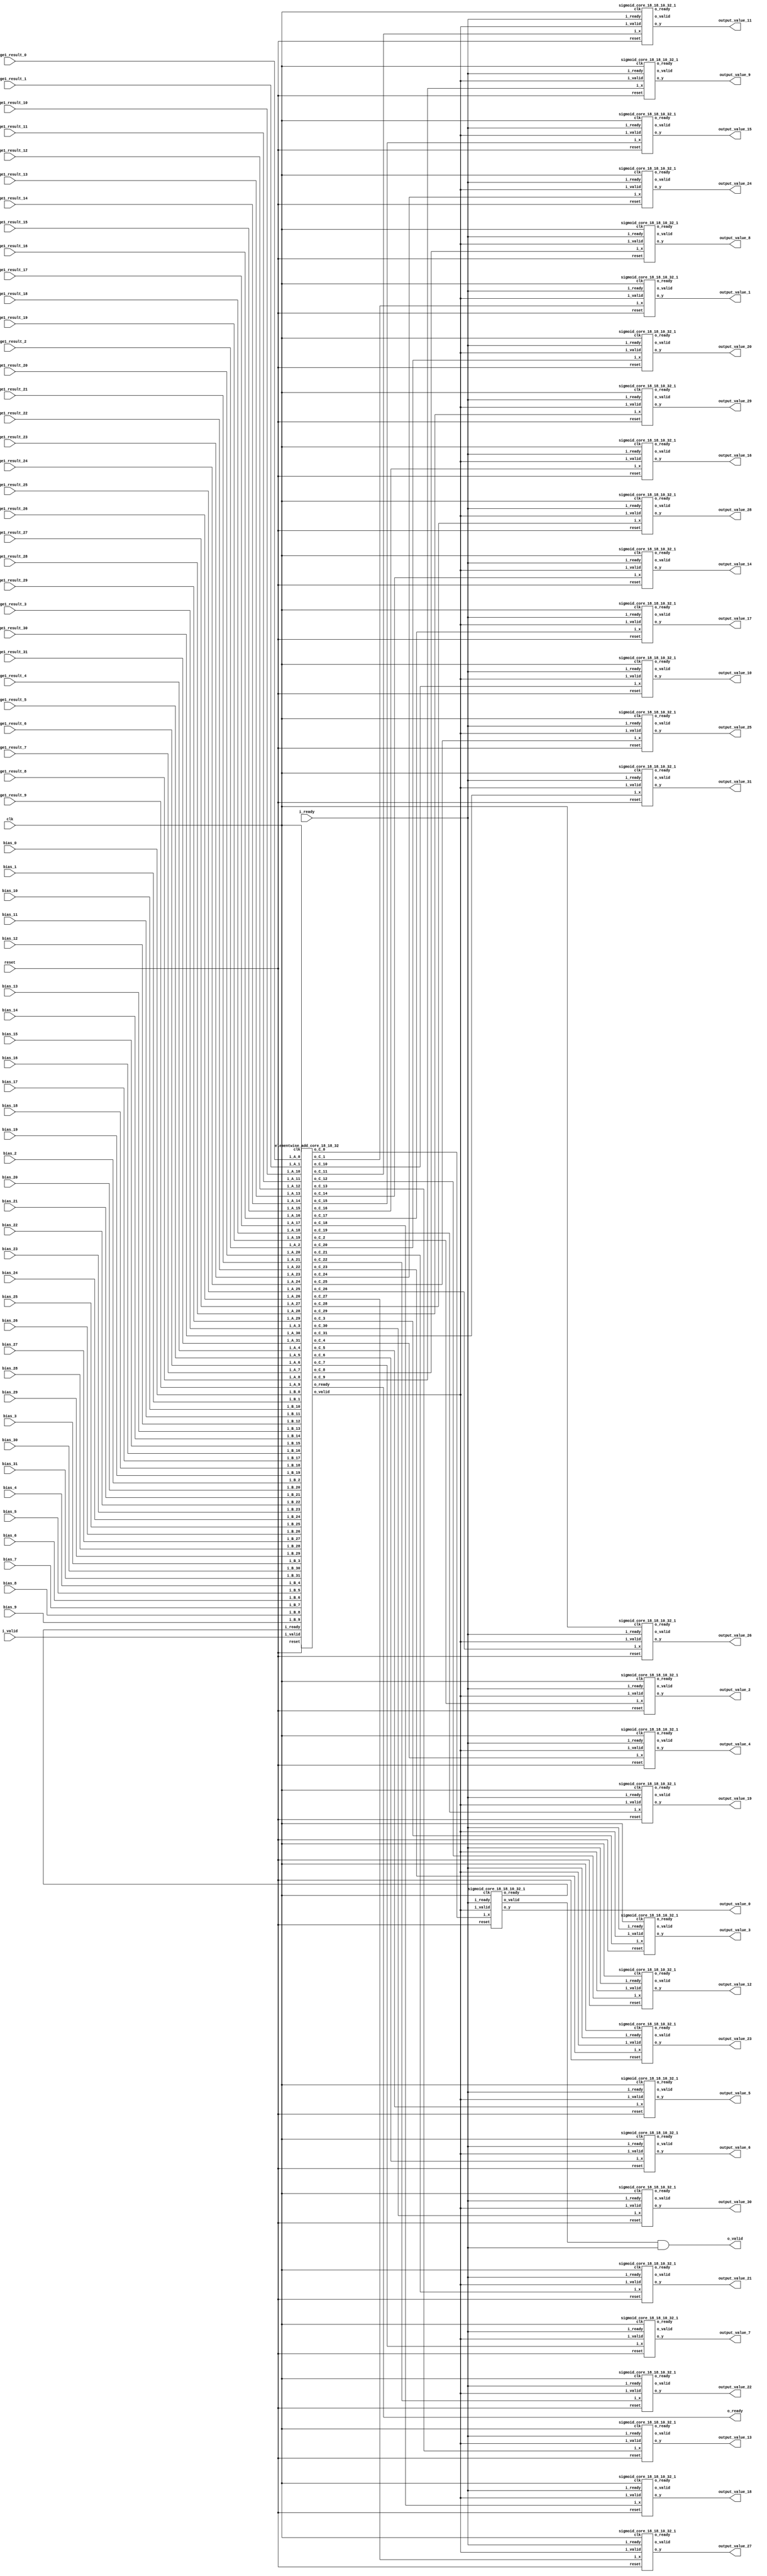
`define SIMULATION_MEMORY

module output_activation_18_10_32_1 (
	input clk,
	input reset,
	input i_ready,
	input i_valid,
	input [17:0] stage1_result_0,
	input [17:0] bias_0,
	output [17:0] output_value_0,
	input [17:0] stage1_result_1,
	input [17:0] bias_1,
	output [17:0] output_value_1,
	input [17:0] stage1_result_2,
	input [17:0] bias_2,
	output [17:0] output_value_2,
	input [17:0] stage1_result_3,
	input [17:0] bias_3,
	output [17:0] output_value_3,
	input [17:0] stage1_result_4,
	input [17:0] bias_4,
	output [17:0] output_value_4,
	input [17:0] stage1_result_5,
	input [17:0] bias_5,
	output [17:0] output_value_5,
	input [17:0] stage1_result_6,
	input [17:0] bias_6,
	output [17:0] output_value_6,
	input [17:0] stage1_result_7,
	input [17:0] bias_7,
	output [17:0] output_value_7,
	input [17:0] stage1_result_8,
	input [17:0] bias_8,
	output [17:0] output_value_8,
	input [17:0] stage1_result_9,
	input [17:0] bias_9,
	output [17:0] output_value_9,
	input [17:0] stage1_result_10,
	input [17:0] bias_10,
	output [17:0] output_value_10,
	input [17:0] stage1_result_11,
	input [17:0] bias_11,
	output [17:0] output_value_11,
	input [17:0] stage1_result_12,
	input [17:0] bias_12,
	output [17:0] output_value_12,
	input [17:0] stage1_result_13,
	input [17:0] bias_13,
	output [17:0] output_value_13,
	input [17:0] stage1_result_14,
	input [17:0] bias_14,
	output [17:0] output_value_14,
	input [17:0] stage1_result_15,
	input [17:0] bias_15,
	output [17:0] output_value_15,
	input [17:0] stage1_result_16,
	input [17:0] bias_16,
	output [17:0] output_value_16,
	input [17:0] stage1_result_17,
	input [17:0] bias_17,
	output [17:0] output_value_17,
	input [17:0] stage1_result_18,
	input [17:0] bias_18,
	output [17:0] output_value_18,
	input [17:0] stage1_result_19,
	input [17:0] bias_19,
	output [17:0] output_value_19,
	input [17:0] stage1_result_20,
	input [17:0] bias_20,
	output [17:0] output_value_20,
	input [17:0] stage1_result_21,
	input [17:0] bias_21,
	output [17:0] output_value_21,
	input [17:0] stage1_result_22,
	input [17:0] bias_22,
	output [17:0] output_value_22,
	input [17:0] stage1_result_23,
	input [17:0] bias_23,
	output [17:0] output_value_23,
	input [17:0] stage1_result_24,
	input [17:0] bias_24,
	output [17:0] output_value_24,
	input [17:0] stage1_result_25,
	input [17:0] bias_25,
	output [17:0] output_value_25,
	input [17:0] stage1_result_26,
	input [17:0] bias_26,
	output [17:0] output_value_26,
	input [17:0] stage1_result_27,
	input [17:0] bias_27,
	output [17:0] output_value_27,
	input [17:0] stage1_result_28,
	input [17:0] bias_28,
	output [17:0] output_value_28,
	input [17:0] stage1_result_29,
	input [17:0] bias_29,
	output [17:0] output_value_29,
	input [17:0] stage1_result_30,
	input [17:0] bias_30,
	output [17:0] output_value_30,
	input [17:0] stage1_result_31,
	input [17:0] bias_31,
	output [17:0] output_value_31,
	output o_valid,
	output o_ready
);

wire adder2_valid, adder2_ready;
wire sigmoid_valid_0, sigmoid_ready_0;
wire [17:0] o_add2_0;
wire [17:0] o_sigmoid_0;
wire sigmoid_valid_1, sigmoid_ready_1;
wire [17:0] o_add2_1;
wire [17:0] o_sigmoid_1;
wire sigmoid_valid_2, sigmoid_ready_2;
wire [17:0] o_add2_2;
wire [17:0] o_sigmoid_2;
wire sigmoid_valid_3, sigmoid_ready_3;
wire [17:0] o_add2_3;
wire [17:0] o_sigmoid_3;
wire sigmoid_valid_4, sigmoid_ready_4;
wire [17:0] o_add2_4;
wire [17:0] o_sigmoid_4;
wire sigmoid_valid_5, sigmoid_ready_5;
wire [17:0] o_add2_5;
wire [17:0] o_sigmoid_5;
wire sigmoid_valid_6, sigmoid_ready_6;
wire [17:0] o_add2_6;
wire [17:0] o_sigmoid_6;
wire sigmoid_valid_7, sigmoid_ready_7;
wire [17:0] o_add2_7;
wire [17:0] o_sigmoid_7;
wire sigmoid_valid_8, sigmoid_ready_8;
wire [17:0] o_add2_8;
wire [17:0] o_sigmoid_8;
wire sigmoid_valid_9, sigmoid_ready_9;
wire [17:0] o_add2_9;
wire [17:0] o_sigmoid_9;
wire sigmoid_valid_10, sigmoid_ready_10;
wire [17:0] o_add2_10;
wire [17:0] o_sigmoid_10;
wire sigmoid_valid_11, sigmoid_ready_11;
wire [17:0] o_add2_11;
wire [17:0] o_sigmoid_11;
wire sigmoid_valid_12, sigmoid_ready_12;
wire [17:0] o_add2_12;
wire [17:0] o_sigmoid_12;
wire sigmoid_valid_13, sigmoid_ready_13;
wire [17:0] o_add2_13;
wire [17:0] o_sigmoid_13;
wire sigmoid_valid_14, sigmoid_ready_14;
wire [17:0] o_add2_14;
wire [17:0] o_sigmoid_14;
wire sigmoid_valid_15, sigmoid_ready_15;
wire [17:0] o_add2_15;
wire [17:0] o_sigmoid_15;
wire sigmoid_valid_16, sigmoid_ready_16;
wire [17:0] o_add2_16;
wire [17:0] o_sigmoid_16;
wire sigmoid_valid_17, sigmoid_ready_17;
wire [17:0] o_add2_17;
wire [17:0] o_sigmoid_17;
wire sigmoid_valid_18, sigmoid_ready_18;
wire [17:0] o_add2_18;
wire [17:0] o_sigmoid_18;
wire sigmoid_valid_19, sigmoid_ready_19;
wire [17:0] o_add2_19;
wire [17:0] o_sigmoid_19;
wire sigmoid_valid_20, sigmoid_ready_20;
wire [17:0] o_add2_20;
wire [17:0] o_sigmoid_20;
wire sigmoid_valid_21, sigmoid_ready_21;
wire [17:0] o_add2_21;
wire [17:0] o_sigmoid_21;
wire sigmoid_valid_22, sigmoid_ready_22;
wire [17:0] o_add2_22;
wire [17:0] o_sigmoid_22;
wire sigmoid_valid_23, sigmoid_ready_23;
wire [17:0] o_add2_23;
wire [17:0] o_sigmoid_23;
wire sigmoid_valid_24, sigmoid_ready_24;
wire [17:0] o_add2_24;
wire [17:0] o_sigmoid_24;
wire sigmoid_valid_25, sigmoid_ready_25;
wire [17:0] o_add2_25;
wire [17:0] o_sigmoid_25;
wire sigmoid_valid_26, sigmoid_ready_26;
wire [17:0] o_add2_26;
wire [17:0] o_sigmoid_26;
wire sigmoid_valid_27, sigmoid_ready_27;
wire [17:0] o_add2_27;
wire [17:0] o_sigmoid_27;
wire sigmoid_valid_28, sigmoid_ready_28;
wire [17:0] o_add2_28;
wire [17:0] o_sigmoid_28;
wire sigmoid_valid_29, sigmoid_ready_29;
wire [17:0] o_add2_29;
wire [17:0] o_sigmoid_29;
wire sigmoid_valid_30, sigmoid_ready_30;
wire [17:0] o_add2_30;
wire [17:0] o_sigmoid_30;
wire sigmoid_valid_31, sigmoid_ready_31;
wire [17:0] o_add2_31;
wire [17:0] o_sigmoid_31;
wire enable;
assign enable = i_ready;

elementwise_add_core_18_18_32 elementwise_add_core_18_18_32_inst (
	.clk(clk),
	.reset(reset),
	.i_valid(i_valid),
	.i_ready(sigmoid_ready_0),
	.i_A_0(stage1_result_0),
	.i_B_0(bias_0),
	.o_C_0(o_add2_0),
	.i_A_1(stage1_result_1),
	.i_B_1(bias_1),
	.o_C_1(o_add2_1),
	.i_A_2(stage1_result_2),
	.i_B_2(bias_2),
	.o_C_2(o_add2_2),
	.i_A_3(stage1_result_3),
	.i_B_3(bias_3),
	.o_C_3(o_add2_3),
	.i_A_4(stage1_result_4),
	.i_B_4(bias_4),
	.o_C_4(o_add2_4),
	.i_A_5(stage1_result_5),
	.i_B_5(bias_5),
	.o_C_5(o_add2_5),
	.i_A_6(stage1_result_6),
	.i_B_6(bias_6),
	.o_C_6(o_add2_6),
	.i_A_7(stage1_result_7),
	.i_B_7(bias_7),
	.o_C_7(o_add2_7),
	.i_A_8(stage1_result_8),
	.i_B_8(bias_8),
	.o_C_8(o_add2_8),
	.i_A_9(stage1_result_9),
	.i_B_9(bias_9),
	.o_C_9(o_add2_9),
	.i_A_10(stage1_result_10),
	.i_B_10(bias_10),
	.o_C_10(o_add2_10),
	.i_A_11(stage1_result_11),
	.i_B_11(bias_11),
	.o_C_11(o_add2_11),
	.i_A_12(stage1_result_12),
	.i_B_12(bias_12),
	.o_C_12(o_add2_12),
	.i_A_13(stage1_result_13),
	.i_B_13(bias_13),
	.o_C_13(o_add2_13),
	.i_A_14(stage1_result_14),
	.i_B_14(bias_14),
	.o_C_14(o_add2_14),
	.i_A_15(stage1_result_15),
	.i_B_15(bias_15),
	.o_C_15(o_add2_15),
	.i_A_16(stage1_result_16),
	.i_B_16(bias_16),
	.o_C_16(o_add2_16),
	.i_A_17(stage1_result_17),
	.i_B_17(bias_17),
	.o_C_17(o_add2_17),
	.i_A_18(stage1_result_18),
	.i_B_18(bias_18),
	.o_C_18(o_add2_18),
	.i_A_19(stage1_result_19),
	.i_B_19(bias_19),
	.o_C_19(o_add2_19),
	.i_A_20(stage1_result_20),
	.i_B_20(bias_20),
	.o_C_20(o_add2_20),
	.i_A_21(stage1_result_21),
	.i_B_21(bias_21),
	.o_C_21(o_add2_21),
	.i_A_22(stage1_result_22),
	.i_B_22(bias_22),
	.o_C_22(o_add2_22),
	.i_A_23(stage1_result_23),
	.i_B_23(bias_23),
	.o_C_23(o_add2_23),
	.i_A_24(stage1_result_24),
	.i_B_24(bias_24),
	.o_C_24(o_add2_24),
	.i_A_25(stage1_result_25),
	.i_B_25(bias_25),
	.o_C_25(o_add2_25),
	.i_A_26(stage1_result_26),
	.i_B_26(bias_26),
	.o_C_26(o_add2_26),
	.i_A_27(stage1_result_27),
	.i_B_27(bias_27),
	.o_C_27(o_add2_27),
	.i_A_28(stage1_result_28),
	.i_B_28(bias_28),
	.o_C_28(o_add2_28),
	.i_A_29(stage1_result_29),
	.i_B_29(bias_29),
	.o_C_29(o_add2_29),
	.i_A_30(stage1_result_30),
	.i_B_30(bias_30),
	.o_C_30(o_add2_30),
	.i_A_31(stage1_result_31),
	.i_B_31(bias_31),
	.o_C_31(o_add2_31),
	.o_valid(adder2_valid),
	.o_ready(adder2_ready)
);

sigmoid_core_18_18_10_32_1 sigmoid_core_18_18_10_32_1_inst_0 (
	.clk(clk),
	.reset(reset),
	.i_valid(adder2_valid),
	.i_ready(i_ready),
	.o_ready(sigmoid_ready_0),
	.o_valid(sigmoid_valid_0),
	.i_x(o_add2_0),
	.o_y(o_sigmoid_0)
);

sigmoid_core_18_18_10_32_1 sigmoid_core_18_18_10_32_1_inst_1 (
	.clk(clk),
	.reset(reset),
	.i_valid(adder2_valid),
	.i_ready(i_ready),
	.o_ready(sigmoid_ready_1),
	.o_valid(sigmoid_valid_1),
	.i_x(o_add2_1),
	.o_y(o_sigmoid_1)
);

sigmoid_core_18_18_10_32_1 sigmoid_core_18_18_10_32_1_inst_2 (
	.clk(clk),
	.reset(reset),
	.i_valid(adder2_valid),
	.i_ready(i_ready),
	.o_ready(sigmoid_ready_2),
	.o_valid(sigmoid_valid_2),
	.i_x(o_add2_2),
	.o_y(o_sigmoid_2)
);

sigmoid_core_18_18_10_32_1 sigmoid_core_18_18_10_32_1_inst_3 (
	.clk(clk),
	.reset(reset),
	.i_valid(adder2_valid),
	.i_ready(i_ready),
	.o_ready(sigmoid_ready_3),
	.o_valid(sigmoid_valid_3),
	.i_x(o_add2_3),
	.o_y(o_sigmoid_3)
);

sigmoid_core_18_18_10_32_1 sigmoid_core_18_18_10_32_1_inst_4 (
	.clk(clk),
	.reset(reset),
	.i_valid(adder2_valid),
	.i_ready(i_ready),
	.o_ready(sigmoid_ready_4),
	.o_valid(sigmoid_valid_4),
	.i_x(o_add2_4),
	.o_y(o_sigmoid_4)
);

sigmoid_core_18_18_10_32_1 sigmoid_core_18_18_10_32_1_inst_5 (
	.clk(clk),
	.reset(reset),
	.i_valid(adder2_valid),
	.i_ready(i_ready),
	.o_ready(sigmoid_ready_5),
	.o_valid(sigmoid_valid_5),
	.i_x(o_add2_5),
	.o_y(o_sigmoid_5)
);

sigmoid_core_18_18_10_32_1 sigmoid_core_18_18_10_32_1_inst_6 (
	.clk(clk),
	.reset(reset),
	.i_valid(adder2_valid),
	.i_ready(i_ready),
	.o_ready(sigmoid_ready_6),
	.o_valid(sigmoid_valid_6),
	.i_x(o_add2_6),
	.o_y(o_sigmoid_6)
);

sigmoid_core_18_18_10_32_1 sigmoid_core_18_18_10_32_1_inst_7 (
	.clk(clk),
	.reset(reset),
	.i_valid(adder2_valid),
	.i_ready(i_ready),
	.o_ready(sigmoid_ready_7),
	.o_valid(sigmoid_valid_7),
	.i_x(o_add2_7),
	.o_y(o_sigmoid_7)
);

sigmoid_core_18_18_10_32_1 sigmoid_core_18_18_10_32_1_inst_8 (
	.clk(clk),
	.reset(reset),
	.i_valid(adder2_valid),
	.i_ready(i_ready),
	.o_ready(sigmoid_ready_8),
	.o_valid(sigmoid_valid_8),
	.i_x(o_add2_8),
	.o_y(o_sigmoid_8)
);

sigmoid_core_18_18_10_32_1 sigmoid_core_18_18_10_32_1_inst_9 (
	.clk(clk),
	.reset(reset),
	.i_valid(adder2_valid),
	.i_ready(i_ready),
	.o_ready(sigmoid_ready_9),
	.o_valid(sigmoid_valid_9),
	.i_x(o_add2_9),
	.o_y(o_sigmoid_9)
);

sigmoid_core_18_18_10_32_1 sigmoid_core_18_18_10_32_1_inst_10 (
	.clk(clk),
	.reset(reset),
	.i_valid(adder2_valid),
	.i_ready(i_ready),
	.o_ready(sigmoid_ready_10),
	.o_valid(sigmoid_valid_10),
	.i_x(o_add2_10),
	.o_y(o_sigmoid_10)
);

sigmoid_core_18_18_10_32_1 sigmoid_core_18_18_10_32_1_inst_11 (
	.clk(clk),
	.reset(reset),
	.i_valid(adder2_valid),
	.i_ready(i_ready),
	.o_ready(sigmoid_ready_11),
	.o_valid(sigmoid_valid_11),
	.i_x(o_add2_11),
	.o_y(o_sigmoid_11)
);

sigmoid_core_18_18_10_32_1 sigmoid_core_18_18_10_32_1_inst_12 (
	.clk(clk),
	.reset(reset),
	.i_valid(adder2_valid),
	.i_ready(i_ready),
	.o_ready(sigmoid_ready_12),
	.o_valid(sigmoid_valid_12),
	.i_x(o_add2_12),
	.o_y(o_sigmoid_12)
);

sigmoid_core_18_18_10_32_1 sigmoid_core_18_18_10_32_1_inst_13 (
	.clk(clk),
	.reset(reset),
	.i_valid(adder2_valid),
	.i_ready(i_ready),
	.o_ready(sigmoid_ready_13),
	.o_valid(sigmoid_valid_13),
	.i_x(o_add2_13),
	.o_y(o_sigmoid_13)
);

sigmoid_core_18_18_10_32_1 sigmoid_core_18_18_10_32_1_inst_14 (
	.clk(clk),
	.reset(reset),
	.i_valid(adder2_valid),
	.i_ready(i_ready),
	.o_ready(sigmoid_ready_14),
	.o_valid(sigmoid_valid_14),
	.i_x(o_add2_14),
	.o_y(o_sigmoid_14)
);

sigmoid_core_18_18_10_32_1 sigmoid_core_18_18_10_32_1_inst_15 (
	.clk(clk),
	.reset(reset),
	.i_valid(adder2_valid),
	.i_ready(i_ready),
	.o_ready(sigmoid_ready_15),
	.o_valid(sigmoid_valid_15),
	.i_x(o_add2_15),
	.o_y(o_sigmoid_15)
);

sigmoid_core_18_18_10_32_1 sigmoid_core_18_18_10_32_1_inst_16 (
	.clk(clk),
	.reset(reset),
	.i_valid(adder2_valid),
	.i_ready(i_ready),
	.o_ready(sigmoid_ready_16),
	.o_valid(sigmoid_valid_16),
	.i_x(o_add2_16),
	.o_y(o_sigmoid_16)
);

sigmoid_core_18_18_10_32_1 sigmoid_core_18_18_10_32_1_inst_17 (
	.clk(clk),
	.reset(reset),
	.i_valid(adder2_valid),
	.i_ready(i_ready),
	.o_ready(sigmoid_ready_17),
	.o_valid(sigmoid_valid_17),
	.i_x(o_add2_17),
	.o_y(o_sigmoid_17)
);

sigmoid_core_18_18_10_32_1 sigmoid_core_18_18_10_32_1_inst_18 (
	.clk(clk),
	.reset(reset),
	.i_valid(adder2_valid),
	.i_ready(i_ready),
	.o_ready(sigmoid_ready_18),
	.o_valid(sigmoid_valid_18),
	.i_x(o_add2_18),
	.o_y(o_sigmoid_18)
);

sigmoid_core_18_18_10_32_1 sigmoid_core_18_18_10_32_1_inst_19 (
	.clk(clk),
	.reset(reset),
	.i_valid(adder2_valid),
	.i_ready(i_ready),
	.o_ready(sigmoid_ready_19),
	.o_valid(sigmoid_valid_19),
	.i_x(o_add2_19),
	.o_y(o_sigmoid_19)
);

sigmoid_core_18_18_10_32_1 sigmoid_core_18_18_10_32_1_inst_20 (
	.clk(clk),
	.reset(reset),
	.i_valid(adder2_valid),
	.i_ready(i_ready),
	.o_ready(sigmoid_ready_20),
	.o_valid(sigmoid_valid_20),
	.i_x(o_add2_20),
	.o_y(o_sigmoid_20)
);

sigmoid_core_18_18_10_32_1 sigmoid_core_18_18_10_32_1_inst_21 (
	.clk(clk),
	.reset(reset),
	.i_valid(adder2_valid),
	.i_ready(i_ready),
	.o_ready(sigmoid_ready_21),
	.o_valid(sigmoid_valid_21),
	.i_x(o_add2_21),
	.o_y(o_sigmoid_21)
);

sigmoid_core_18_18_10_32_1 sigmoid_core_18_18_10_32_1_inst_22 (
	.clk(clk),
	.reset(reset),
	.i_valid(adder2_valid),
	.i_ready(i_ready),
	.o_ready(sigmoid_ready_22),
	.o_valid(sigmoid_valid_22),
	.i_x(o_add2_22),
	.o_y(o_sigmoid_22)
);

sigmoid_core_18_18_10_32_1 sigmoid_core_18_18_10_32_1_inst_23 (
	.clk(clk),
	.reset(reset),
	.i_valid(adder2_valid),
	.i_ready(i_ready),
	.o_ready(sigmoid_ready_23),
	.o_valid(sigmoid_valid_23),
	.i_x(o_add2_23),
	.o_y(o_sigmoid_23)
);

sigmoid_core_18_18_10_32_1 sigmoid_core_18_18_10_32_1_inst_24 (
	.clk(clk),
	.reset(reset),
	.i_valid(adder2_valid),
	.i_ready(i_ready),
	.o_ready(sigmoid_ready_24),
	.o_valid(sigmoid_valid_24),
	.i_x(o_add2_24),
	.o_y(o_sigmoid_24)
);

sigmoid_core_18_18_10_32_1 sigmoid_core_18_18_10_32_1_inst_25 (
	.clk(clk),
	.reset(reset),
	.i_valid(adder2_valid),
	.i_ready(i_ready),
	.o_ready(sigmoid_ready_25),
	.o_valid(sigmoid_valid_25),
	.i_x(o_add2_25),
	.o_y(o_sigmoid_25)
);

sigmoid_core_18_18_10_32_1 sigmoid_core_18_18_10_32_1_inst_26 (
	.clk(clk),
	.reset(reset),
	.i_valid(adder2_valid),
	.i_ready(i_ready),
	.o_ready(sigmoid_ready_26),
	.o_valid(sigmoid_valid_26),
	.i_x(o_add2_26),
	.o_y(o_sigmoid_26)
);

sigmoid_core_18_18_10_32_1 sigmoid_core_18_18_10_32_1_inst_27 (
	.clk(clk),
	.reset(reset),
	.i_valid(adder2_valid),
	.i_ready(i_ready),
	.o_ready(sigmoid_ready_27),
	.o_valid(sigmoid_valid_27),
	.i_x(o_add2_27),
	.o_y(o_sigmoid_27)
);

sigmoid_core_18_18_10_32_1 sigmoid_core_18_18_10_32_1_inst_28 (
	.clk(clk),
	.reset(reset),
	.i_valid(adder2_valid),
	.i_ready(i_ready),
	.o_ready(sigmoid_ready_28),
	.o_valid(sigmoid_valid_28),
	.i_x(o_add2_28),
	.o_y(o_sigmoid_28)
);

sigmoid_core_18_18_10_32_1 sigmoid_core_18_18_10_32_1_inst_29 (
	.clk(clk),
	.reset(reset),
	.i_valid(adder2_valid),
	.i_ready(i_ready),
	.o_ready(sigmoid_ready_29),
	.o_valid(sigmoid_valid_29),
	.i_x(o_add2_29),
	.o_y(o_sigmoid_29)
);

sigmoid_core_18_18_10_32_1 sigmoid_core_18_18_10_32_1_inst_30 (
	.clk(clk),
	.reset(reset),
	.i_valid(adder2_valid),
	.i_ready(i_ready),
	.o_ready(sigmoid_ready_30),
	.o_valid(sigmoid_valid_30),
	.i_x(o_add2_30),
	.o_y(o_sigmoid_30)
);

sigmoid_core_18_18_10_32_1 sigmoid_core_18_18_10_32_1_inst_31 (
	.clk(clk),
	.reset(reset),
	.i_valid(adder2_valid),
	.i_ready(i_ready),
	.o_ready(sigmoid_ready_31),
	.o_valid(sigmoid_valid_31),
	.i_x(o_add2_31),
	.o_y(o_sigmoid_31)
);

assign o_ready = adder2_ready;
assign o_valid = sigmoid_valid_0 & i_ready;
assign output_value_0 = o_sigmoid_0;
assign output_value_1 = o_sigmoid_1;
assign output_value_2 = o_sigmoid_2;
assign output_value_3 = o_sigmoid_3;
assign output_value_4 = o_sigmoid_4;
assign output_value_5 = o_sigmoid_5;
assign output_value_6 = o_sigmoid_6;
assign output_value_7 = o_sigmoid_7;
assign output_value_8 = o_sigmoid_8;
assign output_value_9 = o_sigmoid_9;
assign output_value_10 = o_sigmoid_10;
assign output_value_11 = o_sigmoid_11;
assign output_value_12 = o_sigmoid_12;
assign output_value_13 = o_sigmoid_13;
assign output_value_14 = o_sigmoid_14;
assign output_value_15 = o_sigmoid_15;
assign output_value_16 = o_sigmoid_16;
assign output_value_17 = o_sigmoid_17;
assign output_value_18 = o_sigmoid_18;
assign output_value_19 = o_sigmoid_19;
assign output_value_20 = o_sigmoid_20;
assign output_value_21 = o_sigmoid_21;
assign output_value_22 = o_sigmoid_22;
assign output_value_23 = o_sigmoid_23;
assign output_value_24 = o_sigmoid_24;
assign output_value_25 = o_sigmoid_25;
assign output_value_26 = o_sigmoid_26;
assign output_value_27 = o_sigmoid_27;
assign output_value_28 = o_sigmoid_28;
assign output_value_29 = o_sigmoid_29;
assign output_value_30 = o_sigmoid_30;
assign output_value_31 = o_sigmoid_31;

endmodule
module sigmoid_core_18_18_10_32_1 ( 
	input clk,
	input reset,
	input i_valid,
	input i_ready,
	output o_ready,
	output o_valid,
	input [17:0] i_x,
	output [17:0] o_y
);

reg [12:0] k_list_0;
reg [12:0] b_list_0;
reg [12:0] k_list_1;
reg [12:0] b_list_1;
reg [12:0] k_list_2;
reg [12:0] b_list_2;
reg [12:0] k_list_3;
reg [12:0] b_list_3;
reg [12:0] k_list_4;
reg [12:0] b_list_4;
reg [12:0] k_list_5;
reg [12:0] b_list_5;
reg [12:0] k_list_6;
reg [12:0] b_list_6;
reg [12:0] k_list_7;
reg [12:0] b_list_7;
reg [12:0] k_list_8;
reg [12:0] b_list_8;
reg [12:0] k_list_9;
reg [12:0] b_list_9;
reg [12:0] k_list_10;
reg [12:0] b_list_10;
reg [12:0] k_list_11;
reg [12:0] b_list_11;
reg [12:0] k_list_12;
reg [12:0] b_list_12;
reg [12:0] k_list_13;
reg [12:0] b_list_13;
reg [12:0] k_list_14;
reg [12:0] b_list_14;
reg [12:0] k_list_15;
reg [12:0] b_list_15;
reg [12:0] k_list_16;
reg [12:0] b_list_16;
reg [12:0] k_list_17;
reg [12:0] b_list_17;
reg [12:0] k_list_18;
reg [12:0] b_list_18;
reg [12:0] k_list_19;
reg [12:0] b_list_19;
reg [12:0] k_list_20;
reg [12:0] b_list_20;
reg [12:0] k_list_21;
reg [12:0] b_list_21;
reg [12:0] k_list_22;
reg [12:0] b_list_22;
reg [12:0] k_list_23;
reg [12:0] b_list_23;
reg [12:0] k_list_24;
reg [12:0] b_list_24;
reg [12:0] k_list_25;
reg [12:0] b_list_25;
reg [12:0] k_list_26;
reg [12:0] b_list_26;
reg [12:0] k_list_27;
reg [12:0] b_list_27;
reg [12:0] k_list_28;
reg [12:0] b_list_28;
reg [12:0] k_list_29;
reg [12:0] b_list_29;
reg [12:0] k_list_30;
reg [12:0] b_list_30;
reg [12:0] k_list_31;
reg [12:0] b_list_31;

always @ (posedge clk) begin
	k_list_0  <= 13'b0000111111101;
	k_list_1  <= 13'b0000111101110;
	k_list_2  <= 13'b0000111010001;
	k_list_3  <= 13'b0000110101001;
	k_list_4  <= 13'b0000101111011;
	k_list_5  <= 13'b0000101001010;
	k_list_6  <= 13'b0000100011010;
	k_list_7  <= 13'b0000011101100;
	k_list_8  <= 13'b0000011000011;
	k_list_9  <= 13'b0000010100000;
	k_list_10 <= 13'b0000010000001;
	k_list_11 <= 13'b0000001101000;
	k_list_12 <= 13'b0000001010011;
	k_list_13 <= 13'b0000001000010;
	k_list_14 <= 13'b0000000110100;
	k_list_15 <= 13'b0000000101001;
	k_list_16 <= 13'b0000000100000;
	k_list_17 <= 13'b0000000011001;
	k_list_18 <= 13'b0000000010100;
	k_list_19 <= 13'b0000000001111;
	k_list_20 <= 13'b0000000001100;
	k_list_21 <= 13'b0000000001001;
	k_list_22 <= 13'b0000000000111;
	k_list_23 <= 13'b0000000000110;
	k_list_24 <= 13'b0000000000100;
	k_list_25 <= 13'b0000000000011;
	k_list_26 <= 13'b0000000000011;
	k_list_27 <= 13'b0000000000010;
	k_list_28 <= 13'b0000000000010;
	k_list_29 <= 13'b0000000000001;
	k_list_30 <= 13'b0000000000001;
	k_list_31 <= 13'b0000000000001;
	b_list_0  <= 13'b0010000000000;
	b_list_1  <= 13'b0010000000100;
	b_list_2  <= 13'b0010000010010;
	b_list_3  <= 13'b0010000110000;
	b_list_4  <= 13'b0010001011110;
	b_list_5  <= 13'b0010010011011;
	b_list_6  <= 13'b0010011100100;
	b_list_7  <= 13'b0010100110011;
	b_list_8  <= 13'b0010110000101;
	b_list_9  <= 13'b0010111010101;
	b_list_10 <= 13'b0011000100010;
	b_list_11 <= 13'b0011001101000;
	b_list_12 <= 13'b0011010100111;
	b_list_13 <= 13'b0011011011110;
	b_list_14 <= 13'b0011100001110;
	b_list_15 <= 13'b0011100111000;
	b_list_16 <= 13'b0011101011011;
	b_list_17 <= 13'b0011101111000;
	b_list_18 <= 13'b0011110010001;
	b_list_19 <= 13'b0011110100101;
	b_list_20 <= 13'b0011110110110;
	b_list_21 <= 13'b0011111000100;
	b_list_22 <= 13'b0011111001111;
	b_list_23 <= 13'b0011111011001;
	b_list_24 <= 13'b0011111100000;
	b_list_25 <= 13'b0011111100110;
	b_list_26 <= 13'b0011111101011;
	b_list_27 <= 13'b0011111101111;
	b_list_28 <= 13'b0011111110011;
	b_list_29 <= 13'b0011111110101;
	b_list_30 <= 13'b0011111110111;
	b_list_31 <= 13'b0011111111001;
end
reg [17:0] x;
reg [17:0] y;
reg valid_x, valid_y, enable;
wire [4:0] sel_k_b;

wire abs_valid, round_valid, mult_valid, compute_valid;
reg use_boundary_value;
reg [12:0] mac_ay;
reg [22:0] mac_az;
reg is_x_negative;
wire is_x_negative_hold;
wire [17:0] abs_x;
wire [17:0] x_partial;
reg [31:0] y_compute;
wire [31:0] x_k_plus_b;
wire [31:0] y_rounded;

assign x_partial = (abs_x >> 8);
assign sel_k_b = x_partial [4:0];

reg [12:0] selected_k, selected_b;
always @ (*) begin
	if (sel_k_b == 0) begin
		selected_k <= k_list_0;
		selected_b <= b_list_0;
	end else if (sel_k_b == 1) begin
		selected_k <= k_list_1;
		selected_b <= b_list_1;
	end else if (sel_k_b == 2) begin
		selected_k <= k_list_2;
		selected_b <= b_list_2;
	end else if (sel_k_b == 3) begin
		selected_k <= k_list_3;
		selected_b <= b_list_3;
	end else if (sel_k_b == 4) begin
		selected_k <= k_list_4;
		selected_b <= b_list_4;
	end else if (sel_k_b == 5) begin
		selected_k <= k_list_5;
		selected_b <= b_list_5;
	end else if (sel_k_b == 6) begin
		selected_k <= k_list_6;
		selected_b <= b_list_6;
	end else if (sel_k_b == 7) begin
		selected_k <= k_list_7;
		selected_b <= b_list_7;
	end else if (sel_k_b == 8) begin
		selected_k <= k_list_8;
		selected_b <= b_list_8;
	end else if (sel_k_b == 9) begin
		selected_k <= k_list_9;
		selected_b <= b_list_9;
	end else if (sel_k_b == 10) begin
		selected_k <= k_list_10;
		selected_b <= b_list_10;
	end else if (sel_k_b == 11) begin
		selected_k <= k_list_11;
		selected_b <= b_list_11;
	end else if (sel_k_b == 12) begin
		selected_k <= k_list_12;
		selected_b <= b_list_12;
	end else if (sel_k_b == 13) begin
		selected_k <= k_list_13;
		selected_b <= b_list_13;
	end else if (sel_k_b == 14) begin
		selected_k <= k_list_14;
		selected_b <= b_list_14;
	end else if (sel_k_b == 15) begin
		selected_k <= k_list_15;
		selected_b <= b_list_15;
	end else if (sel_k_b == 16) begin
		selected_k <= k_list_16;
		selected_b <= b_list_16;
	end else if (sel_k_b == 17) begin
		selected_k <= k_list_17;
		selected_b <= b_list_17;
	end else if (sel_k_b == 18) begin
		selected_k <= k_list_18;
		selected_b <= b_list_18;
	end else if (sel_k_b == 19) begin
		selected_k <= k_list_19;
		selected_b <= b_list_19;
	end else if (sel_k_b == 20) begin
		selected_k <= k_list_20;
		selected_b <= b_list_20;
	end else if (sel_k_b == 21) begin
		selected_k <= k_list_21;
		selected_b <= b_list_21;
	end else if (sel_k_b == 22) begin
		selected_k <= k_list_22;
		selected_b <= b_list_22;
	end else if (sel_k_b == 23) begin
		selected_k <= k_list_23;
		selected_b <= b_list_23;
	end else if (sel_k_b == 24) begin
		selected_k <= k_list_24;
		selected_b <= b_list_24;
	end else if (sel_k_b == 25) begin
		selected_k <= k_list_25;
		selected_b <= b_list_25;
	end else if (sel_k_b == 26) begin
		selected_k <= k_list_26;
		selected_b <= b_list_26;
	end else if (sel_k_b == 27) begin
		selected_k <= k_list_27;
		selected_b <= b_list_27;
	end else if (sel_k_b == 28) begin
		selected_k <= k_list_28;
		selected_b <= b_list_28;
	end else if (sel_k_b == 29) begin
		selected_k <= k_list_29;
		selected_b <= b_list_29;
	end else if (sel_k_b == 30) begin
		selected_k <= k_list_30;
		selected_b <= b_list_30;
	end else if (sel_k_b == 31) begin
		selected_k <= k_list_31;
		selected_b <= b_list_31;
	end else begin
		selected_k <= 0;
		selected_b <= 0;
	end
end
always @ (*) begin
	if (abs_x >= 8192) begin
		use_boundary_value <= 1'b1;
		mac_ay <= 0;
		mac_az <= 2097152;
	end else begin
		use_boundary_value <= 1'b0;
		mac_ay <= selected_k;
		mac_az <= (selected_b << 10);
	end
end
dsp_signed_mac_18_13_23_32 dsp_signed_mac_18_13_23_32_inst (
	.clk(clk),
	.reset(reset),
	.ena(enable),
	.ax(abs_x),
	.ay(mac_ay),
	.az(mac_az),
	.i_valid(abs_valid),
	.o_valid(compute_valid),
	.resulta(x_k_plus_b)
);

shift_register_unit_1_3 shift_register_unit_1_3_inst (
	.clk(clk),
	.reset(reset),
	.enable(enable),
	.in(is_x_negative),
	.out(is_x_negative_hold)
);

abs_unit_18 abs_unit_18_inst (
	.clk(clk),
	.reset(reset),
	.enable(enable),
	.i_valid(valid_x),
	.in(x),
	.o_valid(abs_valid),
	.out(abs_x)
);

fp_rounding_unit_1_32_11 fp_rounding_unit_1_32_11_inst (
	.clk(clk),
	.reset(reset),
	.enable(enable),
	.i_valid(compute_valid),
	.in(y_compute),
	.o_valid(round_valid),
	.out(y_rounded)
);

always @ (*) begin
	if (is_x_negative_hold)
		y_compute = 2097152 - x_k_plus_b;
	else 
		y_compute = x_k_plus_b;
	enable = i_ready;
end
always @ (posedge clk) begin
	if (reset) begin 
		valid_x <= 1'b0;
		valid_y <= 1'b0;
		x <= 0;
		y <= 0;
	end else if (enable) begin 
		valid_x <= i_valid;
		valid_y <= round_valid;
		x <= i_x;
		if (x[17] == 1'b1)
			is_x_negative <= 1'b1;
		else
			is_x_negative <= 1'b0;
		y <= y_rounded[17:0];
	end
end

assign o_y = y;
assign o_ready = i_ready;
assign o_valid = valid_y & i_ready;

endmodule

module abs_unit_18 (
	input clk,
	input reset,
	input enable,
	input i_valid,
	input [17:0] in,
	output o_valid,
	output [17:0] out
);

reg [17:0] abs_result;

always @ (*) begin
	if (in[17] == 1'b1)
		abs_result = -in;
	else 
		abs_result = in;
end

reg valid_reg;
reg [17:0] out_reg;
always @ (posedge clk) begin
	if (reset) begin
		valid_reg <= 1'b0;
		out_reg <= 0;
	end else if (enable) begin
		valid_reg <= i_valid;
		out_reg <= abs_result;
	end
end
assign out = out_reg;
assign o_valid = valid_reg;
endmodule

module dsp_signed_mac_18_13_23_32 (
	input clk,
	input reset,
	input ena,
	input i_valid,
	input [17:0] ax,
	input [12:0] ay,
	input [22:0] az,
	output o_valid,
	output [31:0] resulta
);

reg [17:0] reg_ax;
reg [12:0] reg_ay;
reg [22:0] reg_az;
reg [31:0] reg_res;
always @ (posedge clk) begin
	if (reset) begin
		reg_ax  <= 0;
		reg_ay  <= 0;
		reg_az  <= 0;
		reg_res <= 0;
	end else begin
		reg_ax  <= ax;
		reg_ay  <= ay;
		reg_az  <= az;
		reg_res <= (reg_ax * reg_ay) + reg_az;
	end
end

assign resulta = reg_res;
reg input_valid, result_valid, output_valid;
always @ (posedge clk) begin
	if (reset) begin
		output_valid <= 1'b0;
		input_valid <= 1'b0;
		result_valid <= 1'b0;
	end else if (ena) begin
		input_valid <= i_valid;
		result_valid <= input_valid;
		output_valid <= result_valid;
	end
end
assign o_valid = output_valid;
endmodule

module elementwise_add_core_18_18_32 (
	input clk,
	input reset,
	input i_valid,
	input i_ready,
	input [17:0] i_A_0,
	input [17:0] i_B_0,
	output [17:0] o_C_0,
	input [17:0] i_A_1,
	input [17:0] i_B_1,
	output [17:0] o_C_1,
	input [17:0] i_A_2,
	input [17:0] i_B_2,
	output [17:0] o_C_2,
	input [17:0] i_A_3,
	input [17:0] i_B_3,
	output [17:0] o_C_3,
	input [17:0] i_A_4,
	input [17:0] i_B_4,
	output [17:0] o_C_4,
	input [17:0] i_A_5,
	input [17:0] i_B_5,
	output [17:0] o_C_5,
	input [17:0] i_A_6,
	input [17:0] i_B_6,
	output [17:0] o_C_6,
	input [17:0] i_A_7,
	input [17:0] i_B_7,
	output [17:0] o_C_7,
	input [17:0] i_A_8,
	input [17:0] i_B_8,
	output [17:0] o_C_8,
	input [17:0] i_A_9,
	input [17:0] i_B_9,
	output [17:0] o_C_9,
	input [17:0] i_A_10,
	input [17:0] i_B_10,
	output [17:0] o_C_10,
	input [17:0] i_A_11,
	input [17:0] i_B_11,
	output [17:0] o_C_11,
	input [17:0] i_A_12,
	input [17:0] i_B_12,
	output [17:0] o_C_12,
	input [17:0] i_A_13,
	input [17:0] i_B_13,
	output [17:0] o_C_13,
	input [17:0] i_A_14,
	input [17:0] i_B_14,
	output [17:0] o_C_14,
	input [17:0] i_A_15,
	input [17:0] i_B_15,
	output [17:0] o_C_15,
	input [17:0] i_A_16,
	input [17:0] i_B_16,
	output [17:0] o_C_16,
	input [17:0] i_A_17,
	input [17:0] i_B_17,
	output [17:0] o_C_17,
	input [17:0] i_A_18,
	input [17:0] i_B_18,
	output [17:0] o_C_18,
	input [17:0] i_A_19,
	input [17:0] i_B_19,
	output [17:0] o_C_19,
	input [17:0] i_A_20,
	input [17:0] i_B_20,
	output [17:0] o_C_20,
	input [17:0] i_A_21,
	input [17:0] i_B_21,
	output [17:0] o_C_21,
	input [17:0] i_A_22,
	input [17:0] i_B_22,
	output [17:0] o_C_22,
	input [17:0] i_A_23,
	input [17:0] i_B_23,
	output [17:0] o_C_23,
	input [17:0] i_A_24,
	input [17:0] i_B_24,
	output [17:0] o_C_24,
	input [17:0] i_A_25,
	input [17:0] i_B_25,
	output [17:0] o_C_25,
	input [17:0] i_A_26,
	input [17:0] i_B_26,
	output [17:0] o_C_26,
	input [17:0] i_A_27,
	input [17:0] i_B_27,
	output [17:0] o_C_27,
	input [17:0] i_A_28,
	input [17:0] i_B_28,
	output [17:0] o_C_28,
	input [17:0] i_A_29,
	input [17:0] i_B_29,
	output [17:0] o_C_29,
	input [17:0] i_A_30,
	input [17:0] i_B_30,
	output [17:0] o_C_30,
	input [17:0] i_A_31,
	input [17:0] i_B_31,
	output [17:0] o_C_31,
	output o_valid,
	output o_ready
);

reg [17:0] reg_A_0;
reg [17:0] reg_B_0;
reg [17:0] reg_C_0;
reg [17:0] reg_A_1;
reg [17:0] reg_B_1;
reg [17:0] reg_C_1;
reg [17:0] reg_A_2;
reg [17:0] reg_B_2;
reg [17:0] reg_C_2;
reg [17:0] reg_A_3;
reg [17:0] reg_B_3;
reg [17:0] reg_C_3;
reg [17:0] reg_A_4;
reg [17:0] reg_B_4;
reg [17:0] reg_C_4;
reg [17:0] reg_A_5;
reg [17:0] reg_B_5;
reg [17:0] reg_C_5;
reg [17:0] reg_A_6;
reg [17:0] reg_B_6;
reg [17:0] reg_C_6;
reg [17:0] reg_A_7;
reg [17:0] reg_B_7;
reg [17:0] reg_C_7;
reg [17:0] reg_A_8;
reg [17:0] reg_B_8;
reg [17:0] reg_C_8;
reg [17:0] reg_A_9;
reg [17:0] reg_B_9;
reg [17:0] reg_C_9;
reg [17:0] reg_A_10;
reg [17:0] reg_B_10;
reg [17:0] reg_C_10;
reg [17:0] reg_A_11;
reg [17:0] reg_B_11;
reg [17:0] reg_C_11;
reg [17:0] reg_A_12;
reg [17:0] reg_B_12;
reg [17:0] reg_C_12;
reg [17:0] reg_A_13;
reg [17:0] reg_B_13;
reg [17:0] reg_C_13;
reg [17:0] reg_A_14;
reg [17:0] reg_B_14;
reg [17:0] reg_C_14;
reg [17:0] reg_A_15;
reg [17:0] reg_B_15;
reg [17:0] reg_C_15;
reg [17:0] reg_A_16;
reg [17:0] reg_B_16;
reg [17:0] reg_C_16;
reg [17:0] reg_A_17;
reg [17:0] reg_B_17;
reg [17:0] reg_C_17;
reg [17:0] reg_A_18;
reg [17:0] reg_B_18;
reg [17:0] reg_C_18;
reg [17:0] reg_A_19;
reg [17:0] reg_B_19;
reg [17:0] reg_C_19;
reg [17:0] reg_A_20;
reg [17:0] reg_B_20;
reg [17:0] reg_C_20;
reg [17:0] reg_A_21;
reg [17:0] reg_B_21;
reg [17:0] reg_C_21;
reg [17:0] reg_A_22;
reg [17:0] reg_B_22;
reg [17:0] reg_C_22;
reg [17:0] reg_A_23;
reg [17:0] reg_B_23;
reg [17:0] reg_C_23;
reg [17:0] reg_A_24;
reg [17:0] reg_B_24;
reg [17:0] reg_C_24;
reg [17:0] reg_A_25;
reg [17:0] reg_B_25;
reg [17:0] reg_C_25;
reg [17:0] reg_A_26;
reg [17:0] reg_B_26;
reg [17:0] reg_C_26;
reg [17:0] reg_A_27;
reg [17:0] reg_B_27;
reg [17:0] reg_C_27;
reg [17:0] reg_A_28;
reg [17:0] reg_B_28;
reg [17:0] reg_C_28;
reg [17:0] reg_A_29;
reg [17:0] reg_B_29;
reg [17:0] reg_C_29;
reg [17:0] reg_A_30;
reg [17:0] reg_B_30;
reg [17:0] reg_C_30;
reg [17:0] reg_A_31;
reg [17:0] reg_B_31;
reg [17:0] reg_C_31;

reg valid_A_B, valid_C;
wire enable;
assign enable = i_ready;

always @ (posedge clk) begin
	if (reset) begin
		valid_A_B <= 1'b0;
		valid_C <= 1'b0;
		reg_A_0 <= 0;
		reg_B_0 <= 0;
		reg_C_0 <= 0;
		reg_A_1 <= 0;
		reg_B_1 <= 0;
		reg_C_1 <= 0;
		reg_A_2 <= 0;
		reg_B_2 <= 0;
		reg_C_2 <= 0;
		reg_A_3 <= 0;
		reg_B_3 <= 0;
		reg_C_3 <= 0;
		reg_A_4 <= 0;
		reg_B_4 <= 0;
		reg_C_4 <= 0;
		reg_A_5 <= 0;
		reg_B_5 <= 0;
		reg_C_5 <= 0;
		reg_A_6 <= 0;
		reg_B_6 <= 0;
		reg_C_6 <= 0;
		reg_A_7 <= 0;
		reg_B_7 <= 0;
		reg_C_7 <= 0;
		reg_A_8 <= 0;
		reg_B_8 <= 0;
		reg_C_8 <= 0;
		reg_A_9 <= 0;
		reg_B_9 <= 0;
		reg_C_9 <= 0;
		reg_A_10 <= 0;
		reg_B_10 <= 0;
		reg_C_10 <= 0;
		reg_A_11 <= 0;
		reg_B_11 <= 0;
		reg_C_11 <= 0;
		reg_A_12 <= 0;
		reg_B_12 <= 0;
		reg_C_12 <= 0;
		reg_A_13 <= 0;
		reg_B_13 <= 0;
		reg_C_13 <= 0;
		reg_A_14 <= 0;
		reg_B_14 <= 0;
		reg_C_14 <= 0;
		reg_A_15 <= 0;
		reg_B_15 <= 0;
		reg_C_15 <= 0;
		reg_A_16 <= 0;
		reg_B_16 <= 0;
		reg_C_16 <= 0;
		reg_A_17 <= 0;
		reg_B_17 <= 0;
		reg_C_17 <= 0;
		reg_A_18 <= 0;
		reg_B_18 <= 0;
		reg_C_18 <= 0;
		reg_A_19 <= 0;
		reg_B_19 <= 0;
		reg_C_19 <= 0;
		reg_A_20 <= 0;
		reg_B_20 <= 0;
		reg_C_20 <= 0;
		reg_A_21 <= 0;
		reg_B_21 <= 0;
		reg_C_21 <= 0;
		reg_A_22 <= 0;
		reg_B_22 <= 0;
		reg_C_22 <= 0;
		reg_A_23 <= 0;
		reg_B_23 <= 0;
		reg_C_23 <= 0;
		reg_A_24 <= 0;
		reg_B_24 <= 0;
		reg_C_24 <= 0;
		reg_A_25 <= 0;
		reg_B_25 <= 0;
		reg_C_25 <= 0;
		reg_A_26 <= 0;
		reg_B_26 <= 0;
		reg_C_26 <= 0;
		reg_A_27 <= 0;
		reg_B_27 <= 0;
		reg_C_27 <= 0;
		reg_A_28 <= 0;
		reg_B_28 <= 0;
		reg_C_28 <= 0;
		reg_A_29 <= 0;
		reg_B_29 <= 0;
		reg_C_29 <= 0;
		reg_A_30 <= 0;
		reg_B_30 <= 0;
		reg_C_30 <= 0;
		reg_A_31 <= 0;
		reg_B_31 <= 0;
		reg_C_31 <= 0;
	end else if (enable) begin
		reg_A_0 <= i_A_0;
		reg_B_0 <= i_B_0;
		reg_C_0 <= reg_A_0 + reg_B_0;
		reg_A_1 <= i_A_1;
		reg_B_1 <= i_B_1;
		reg_C_1 <= reg_A_1 + reg_B_1;
		reg_A_2 <= i_A_2;
		reg_B_2 <= i_B_2;
		reg_C_2 <= reg_A_2 + reg_B_2;
		reg_A_3 <= i_A_3;
		reg_B_3 <= i_B_3;
		reg_C_3 <= reg_A_3 + reg_B_3;
		reg_A_4 <= i_A_4;
		reg_B_4 <= i_B_4;
		reg_C_4 <= reg_A_4 + reg_B_4;
		reg_A_5 <= i_A_5;
		reg_B_5 <= i_B_5;
		reg_C_5 <= reg_A_5 + reg_B_5;
		reg_A_6 <= i_A_6;
		reg_B_6 <= i_B_6;
		reg_C_6 <= reg_A_6 + reg_B_6;
		reg_A_7 <= i_A_7;
		reg_B_7 <= i_B_7;
		reg_C_7 <= reg_A_7 + reg_B_7;
		reg_A_8 <= i_A_8;
		reg_B_8 <= i_B_8;
		reg_C_8 <= reg_A_8 + reg_B_8;
		reg_A_9 <= i_A_9;
		reg_B_9 <= i_B_9;
		reg_C_9 <= reg_A_9 + reg_B_9;
		reg_A_10 <= i_A_10;
		reg_B_10 <= i_B_10;
		reg_C_10 <= reg_A_10 + reg_B_10;
		reg_A_11 <= i_A_11;
		reg_B_11 <= i_B_11;
		reg_C_11 <= reg_A_11 + reg_B_11;
		reg_A_12 <= i_A_12;
		reg_B_12 <= i_B_12;
		reg_C_12 <= reg_A_12 + reg_B_12;
		reg_A_13 <= i_A_13;
		reg_B_13 <= i_B_13;
		reg_C_13 <= reg_A_13 + reg_B_13;
		reg_A_14 <= i_A_14;
		reg_B_14 <= i_B_14;
		reg_C_14 <= reg_A_14 + reg_B_14;
		reg_A_15 <= i_A_15;
		reg_B_15 <= i_B_15;
		reg_C_15 <= reg_A_15 + reg_B_15;
		reg_A_16 <= i_A_16;
		reg_B_16 <= i_B_16;
		reg_C_16 <= reg_A_16 + reg_B_16;
		reg_A_17 <= i_A_17;
		reg_B_17 <= i_B_17;
		reg_C_17 <= reg_A_17 + reg_B_17;
		reg_A_18 <= i_A_18;
		reg_B_18 <= i_B_18;
		reg_C_18 <= reg_A_18 + reg_B_18;
		reg_A_19 <= i_A_19;
		reg_B_19 <= i_B_19;
		reg_C_19 <= reg_A_19 + reg_B_19;
		reg_A_20 <= i_A_20;
		reg_B_20 <= i_B_20;
		reg_C_20 <= reg_A_20 + reg_B_20;
		reg_A_21 <= i_A_21;
		reg_B_21 <= i_B_21;
		reg_C_21 <= reg_A_21 + reg_B_21;
		reg_A_22 <= i_A_22;
		reg_B_22 <= i_B_22;
		reg_C_22 <= reg_A_22 + reg_B_22;
		reg_A_23 <= i_A_23;
		reg_B_23 <= i_B_23;
		reg_C_23 <= reg_A_23 + reg_B_23;
		reg_A_24 <= i_A_24;
		reg_B_24 <= i_B_24;
		reg_C_24 <= reg_A_24 + reg_B_24;
		reg_A_25 <= i_A_25;
		reg_B_25 <= i_B_25;
		reg_C_25 <= reg_A_25 + reg_B_25;
		reg_A_26 <= i_A_26;
		reg_B_26 <= i_B_26;
		reg_C_26 <= reg_A_26 + reg_B_26;
		reg_A_27 <= i_A_27;
		reg_B_27 <= i_B_27;
		reg_C_27 <= reg_A_27 + reg_B_27;
		reg_A_28 <= i_A_28;
		reg_B_28 <= i_B_28;
		reg_C_28 <= reg_A_28 + reg_B_28;
		reg_A_29 <= i_A_29;
		reg_B_29 <= i_B_29;
		reg_C_29 <= reg_A_29 + reg_B_29;
		reg_A_30 <= i_A_30;
		reg_B_30 <= i_B_30;
		reg_C_30 <= reg_A_30 + reg_B_30;
		reg_A_31 <= i_A_31;
		reg_B_31 <= i_B_31;
		reg_C_31 <= reg_A_31 + reg_B_31;
		valid_A_B <= i_valid;
		valid_C <= valid_A_B;
	end
end

assign o_C_0 = reg_C_0;
assign o_C_1 = reg_C_1;
assign o_C_2 = reg_C_2;
assign o_C_3 = reg_C_3;
assign o_C_4 = reg_C_4;
assign o_C_5 = reg_C_5;
assign o_C_6 = reg_C_6;
assign o_C_7 = reg_C_7;
assign o_C_8 = reg_C_8;
assign o_C_9 = reg_C_9;
assign o_C_10 = reg_C_10;
assign o_C_11 = reg_C_11;
assign o_C_12 = reg_C_12;
assign o_C_13 = reg_C_13;
assign o_C_14 = reg_C_14;
assign o_C_15 = reg_C_15;
assign o_C_16 = reg_C_16;
assign o_C_17 = reg_C_17;
assign o_C_18 = reg_C_18;
assign o_C_19 = reg_C_19;
assign o_C_20 = reg_C_20;
assign o_C_21 = reg_C_21;
assign o_C_22 = reg_C_22;
assign o_C_23 = reg_C_23;
assign o_C_24 = reg_C_24;
assign o_C_25 = reg_C_25;
assign o_C_26 = reg_C_26;
assign o_C_27 = reg_C_27;
assign o_C_28 = reg_C_28;
assign o_C_29 = reg_C_29;
assign o_C_30 = reg_C_30;
assign o_C_31 = reg_C_31;
assign o_ready = i_ready;
assign o_valid = valid_C & i_ready;

endmodule

module fp_rounding_unit_1_32_11 (
	input clk,
	input reset,
	input enable,
	input i_valid,
	input [31:0] in,
	output [31:0] out,
	output o_valid
);

reg [31:0] rounded_result;
reg [31:0] floor;
reg [31:0] ceil;
reg is_ceil;
reg floor_ceil_valid;

always @ (*) begin
	if (is_ceil) begin
		rounded_result = ceil;
	end else begin
		rounded_result = floor;
	end
end

reg valid_reg;
reg [31:0] out_reg;
always @ (posedge clk) begin
	if (reset) begin
		is_ceil <= 1'b0;
		floor_ceil_valid <= 1'b0;
		valid_reg <= 1'b0;
		floor <= 0;
		ceil <= 0;
		out_reg <= 0;
	end else if (enable) begin
		is_ceil <= in[10];
		floor <= in >>> 11;
		ceil <= (in >>> 11) + 1;
		floor_ceil_valid <= i_valid;
		out_reg <= rounded_result;
		valid_reg <= floor_ceil_valid;
	end
end

assign o_valid = valid_reg;

assign out = out_reg;

endmodule

module shift_register_unit_1_3 (
	input clk,
	input reset,
	input enable,
	input [0:0] in,
	output [0:0] out
);

reg [0:0] shift_registers_0;
reg [0:0] shift_registers_1;
reg [0:0] shift_registers_2;
always @ (posedge clk) begin
	if (reset) begin
		shift_registers_0 <= 1'd0;
		shift_registers_1 <= 1'd0;
		shift_registers_2 <= 1'd0;
	end else if (enable) begin
		shift_registers_0 <= in;
		shift_registers_1 <= shift_registers_0;
		shift_registers_2 <= shift_registers_1;
	end
end

assign out = shift_registers_2;

endmodule